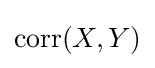
\operatorname {corr} (X,Y)